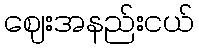
ဈေးအနည်းငယ်